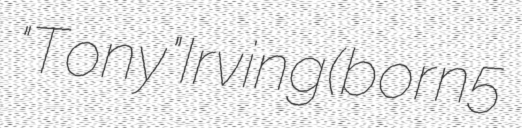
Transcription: "Tony" Irving (born 5